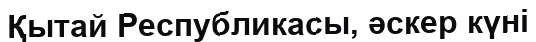
Қытай Республикасы, әскер күні